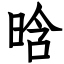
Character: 晗